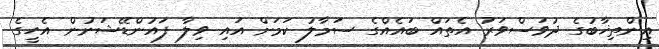
އިންތިޚާބުގެ ދުވަސްވަރު އެތައް ބައެއްގެ ސަމާލު ކަމަށް އައި ވިލާ ފައުންޑޭޝަނުން އެހީގެ